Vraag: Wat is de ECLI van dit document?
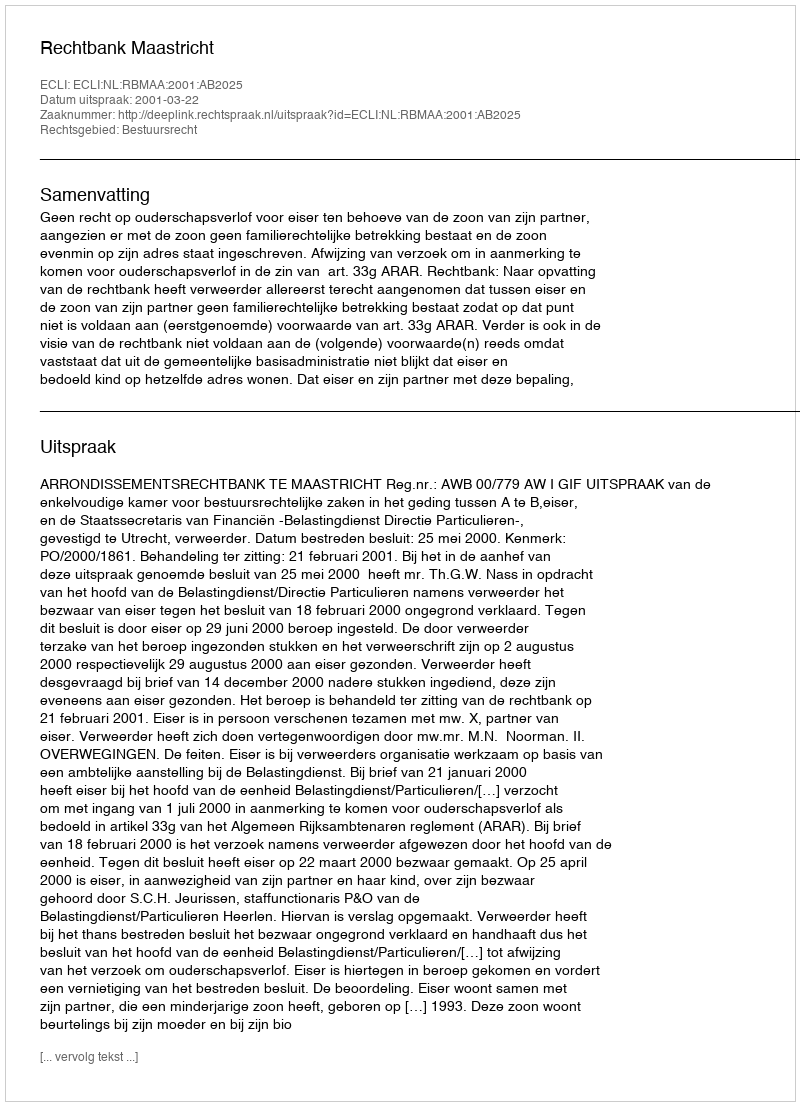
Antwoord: ECLI:NL:RBMAA:2001:AB2025